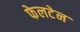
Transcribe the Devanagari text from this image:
फेलटेन